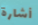
أشارة